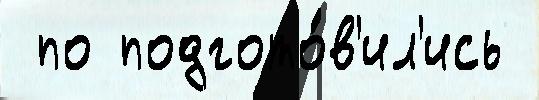
 по подгото́в'ил'ись